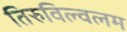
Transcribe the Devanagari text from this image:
तिरुविल्वलम